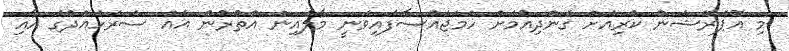
މި އޮޕަރޭޝަން ކުރިއަށް ގެންދިއުމަށް ހަމަޖައްސާފައިވަނީ މާލެއިން އުތުރުން އެއް ސަރަހައްދުގަ އާއި